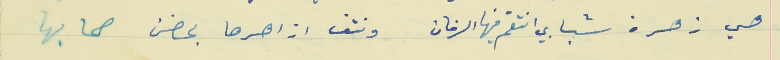
هي زهرة شبابي انتقم فيها الزمان                          ونتف ازاهرها بحضن صحابها